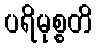
ပရိမုစ္စတိ